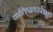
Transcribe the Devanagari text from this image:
कतिपयस्तभु